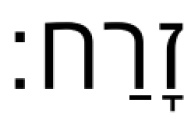
זָרַח׃